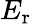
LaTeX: E_{\mathrm{r}}